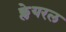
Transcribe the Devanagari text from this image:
क्लेयरल